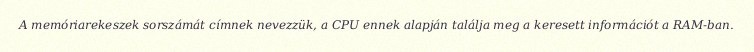
A memóriarekeszek sorszámát címnek nevezzük, a CPU ennek alapján találja meg a keresett információt a RAM-ban.